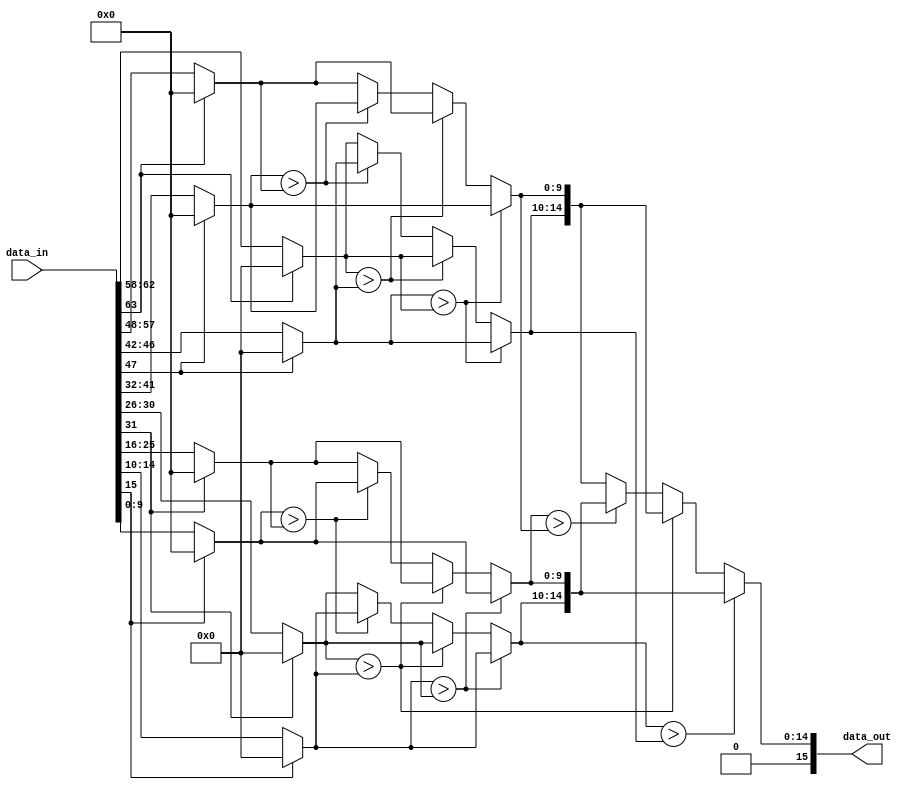
`timescale 1ns / 1ps


module find_FP16max(data_in,data_out);


localparam width = 16;
localparam num = 4;

input [width*num-1:0] data_in ;
output reg [width-1:0] data_out;

reg [10*num-1:0] mantissa;
reg [5*num-1:0] exponent;

reg [10*2-1:0] mantissa_buf;
reg [5*2-1:0] exponent_buf;



// 00
// always@(*) begin
	// for(int i=0;i<num;i=i+1) begin
	
		// if(data_in[(i+1)*width-1] == 1'b1) begin
			// mantissa[(i+1)*10-1:i*10] = 'd0;
			// exponent[(i+1)*5-1:i*5] = 'd0;
			
		// end else begin
			// mantissa[(i+1)*10-1:i*10] = data_in[(i+1)*16-7:i*16];
			// exponent[(i+1)*5-1:i*5] = data_in[(i+1)*16-2:i*16+10];		
		
		// end
		
	// end
// end

// always-for
// for-always

genvar i;
for(i=0;i<num;i=i+1) begin: loop1
	always@(*) begin

		if(data_in[(i+1)*width-1] == 1'b1) begin
			mantissa[(i+1)*10-1:i*10] = 'd0;
			exponent[(i+1)*5-1:i*5] = 'd0;
			
		end else begin
			mantissa[(i+1)*10-1:i*10] = data_in[(i+1)*16-7:i*16];
			exponent[(i+1)*5-1:i*5] = data_in[(i+1)*16-2:i*16+10];		
		
		end

	end

end


// exponent
always@(*) begin
	if(exponent[4:0] > exponent[9:5]) begin
		mantissa_buf[9:0] = mantissa[9:0];
		exponent_buf[4:0] = exponent[4:0];
	end	else if(exponent[9:5] > exponent[4:0]) begin
		mantissa_buf[9:0] = mantissa[19:10];
		exponent_buf[4:0] = exponent[9:5];		
	
	end else begin
		if(mantissa[9:0] > mantissa[19:10]) begin
			mantissa_buf[9:0] = mantissa[9:0];
			exponent_buf[4:0] = exponent[4:0];		
		end else begin
			mantissa_buf[9:0] = mantissa[19:10];
			exponent_buf[4:0] = exponent[9:5];				
		end
	
	end

end

always@(*) begin
	if(exponent[14:10] > exponent[19:15]) begin
			mantissa_buf[19:10] = mantissa[29:20];
			exponent_buf[9:5] = exponent[14:10];
	end	else if(exponent[19:15] > exponent[14:10]) begin
			mantissa_buf[19:10] = mantissa[39:30];
			exponent_buf[9:5] = exponent[19:15];		
	
	end else begin
		if(mantissa[29:20] > mantissa[39:30]) begin
			mantissa_buf[19:10] = mantissa[29:20];
			exponent_buf[9:5] = exponent[14:10];	
		end else begin
			mantissa_buf[19:10] = mantissa[39:30];
			exponent_buf[9:5] = exponent[19:15];				
		end
	
	end

end


always@(*) begin
	if(exponent_buf[4:0] > exponent_buf[9:5]) begin
		data_out = {1'b0,exponent_buf[4:0],mantissa_buf[9:0]};
	end	else if(exponent[9:5] > exponent[4:0]) begin
		data_out = {1'b0,exponent_buf[9:5],mantissa_buf[19:10]};		
	
	end else begin
		if(mantissa_buf[9:0] > mantissa_buf[19:10]) begin
			data_out = {1'b0,exponent_buf[4:0],mantissa_buf[9:0]};		
		end else begin
			data_out = {1'b0,exponent_buf[9:5],mantissa_buf[19:10]};			
		end
	
	end

end



endmodule